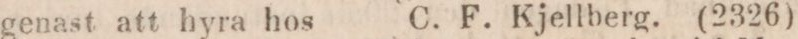
genast att hyra hos    C. F. Kjellberg. (2326)